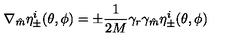
\nabla _ { \hat { m } } \eta _ { \pm } ^ { i } ( \theta , \phi ) = \pm \frac { 1 } { 2 M } \gamma _ { r } \gamma _ { \hat { m } } \eta _ { \pm } ^ { i } ( \theta , \phi )